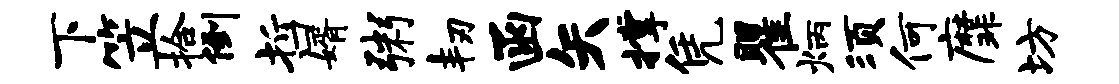
下笠拾倒哲婿粥韧函矢撑凭瞿炳须何縻坊